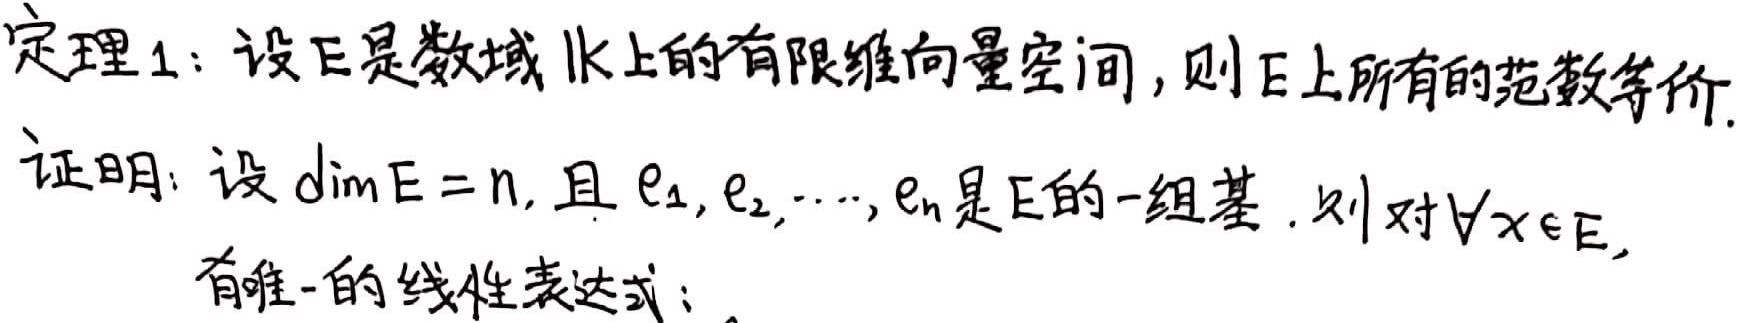
定理1：设$E$是数域$K$上的有限维向量空间，则$E$上所有的范数等价.

证明：设$\dim E = n$, 且$e_1,e_2,\cdots,e_n$是$E$的一组基. 则对$\forall x\in E$, 有唯一的线性表达式：